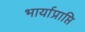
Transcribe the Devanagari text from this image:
भार्याप्राप्ति